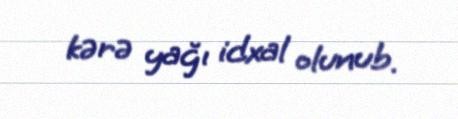
kərə yağı idxal olunub.